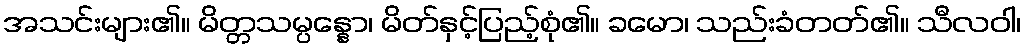
အသင်းများ၏။ မိတ္တသမ္ပန္နော၊ မိတ်နှင့်ပြည့်စုံ၏။ ခမော၊ သည်းခံတတ်၏။ သီလဝါ၊